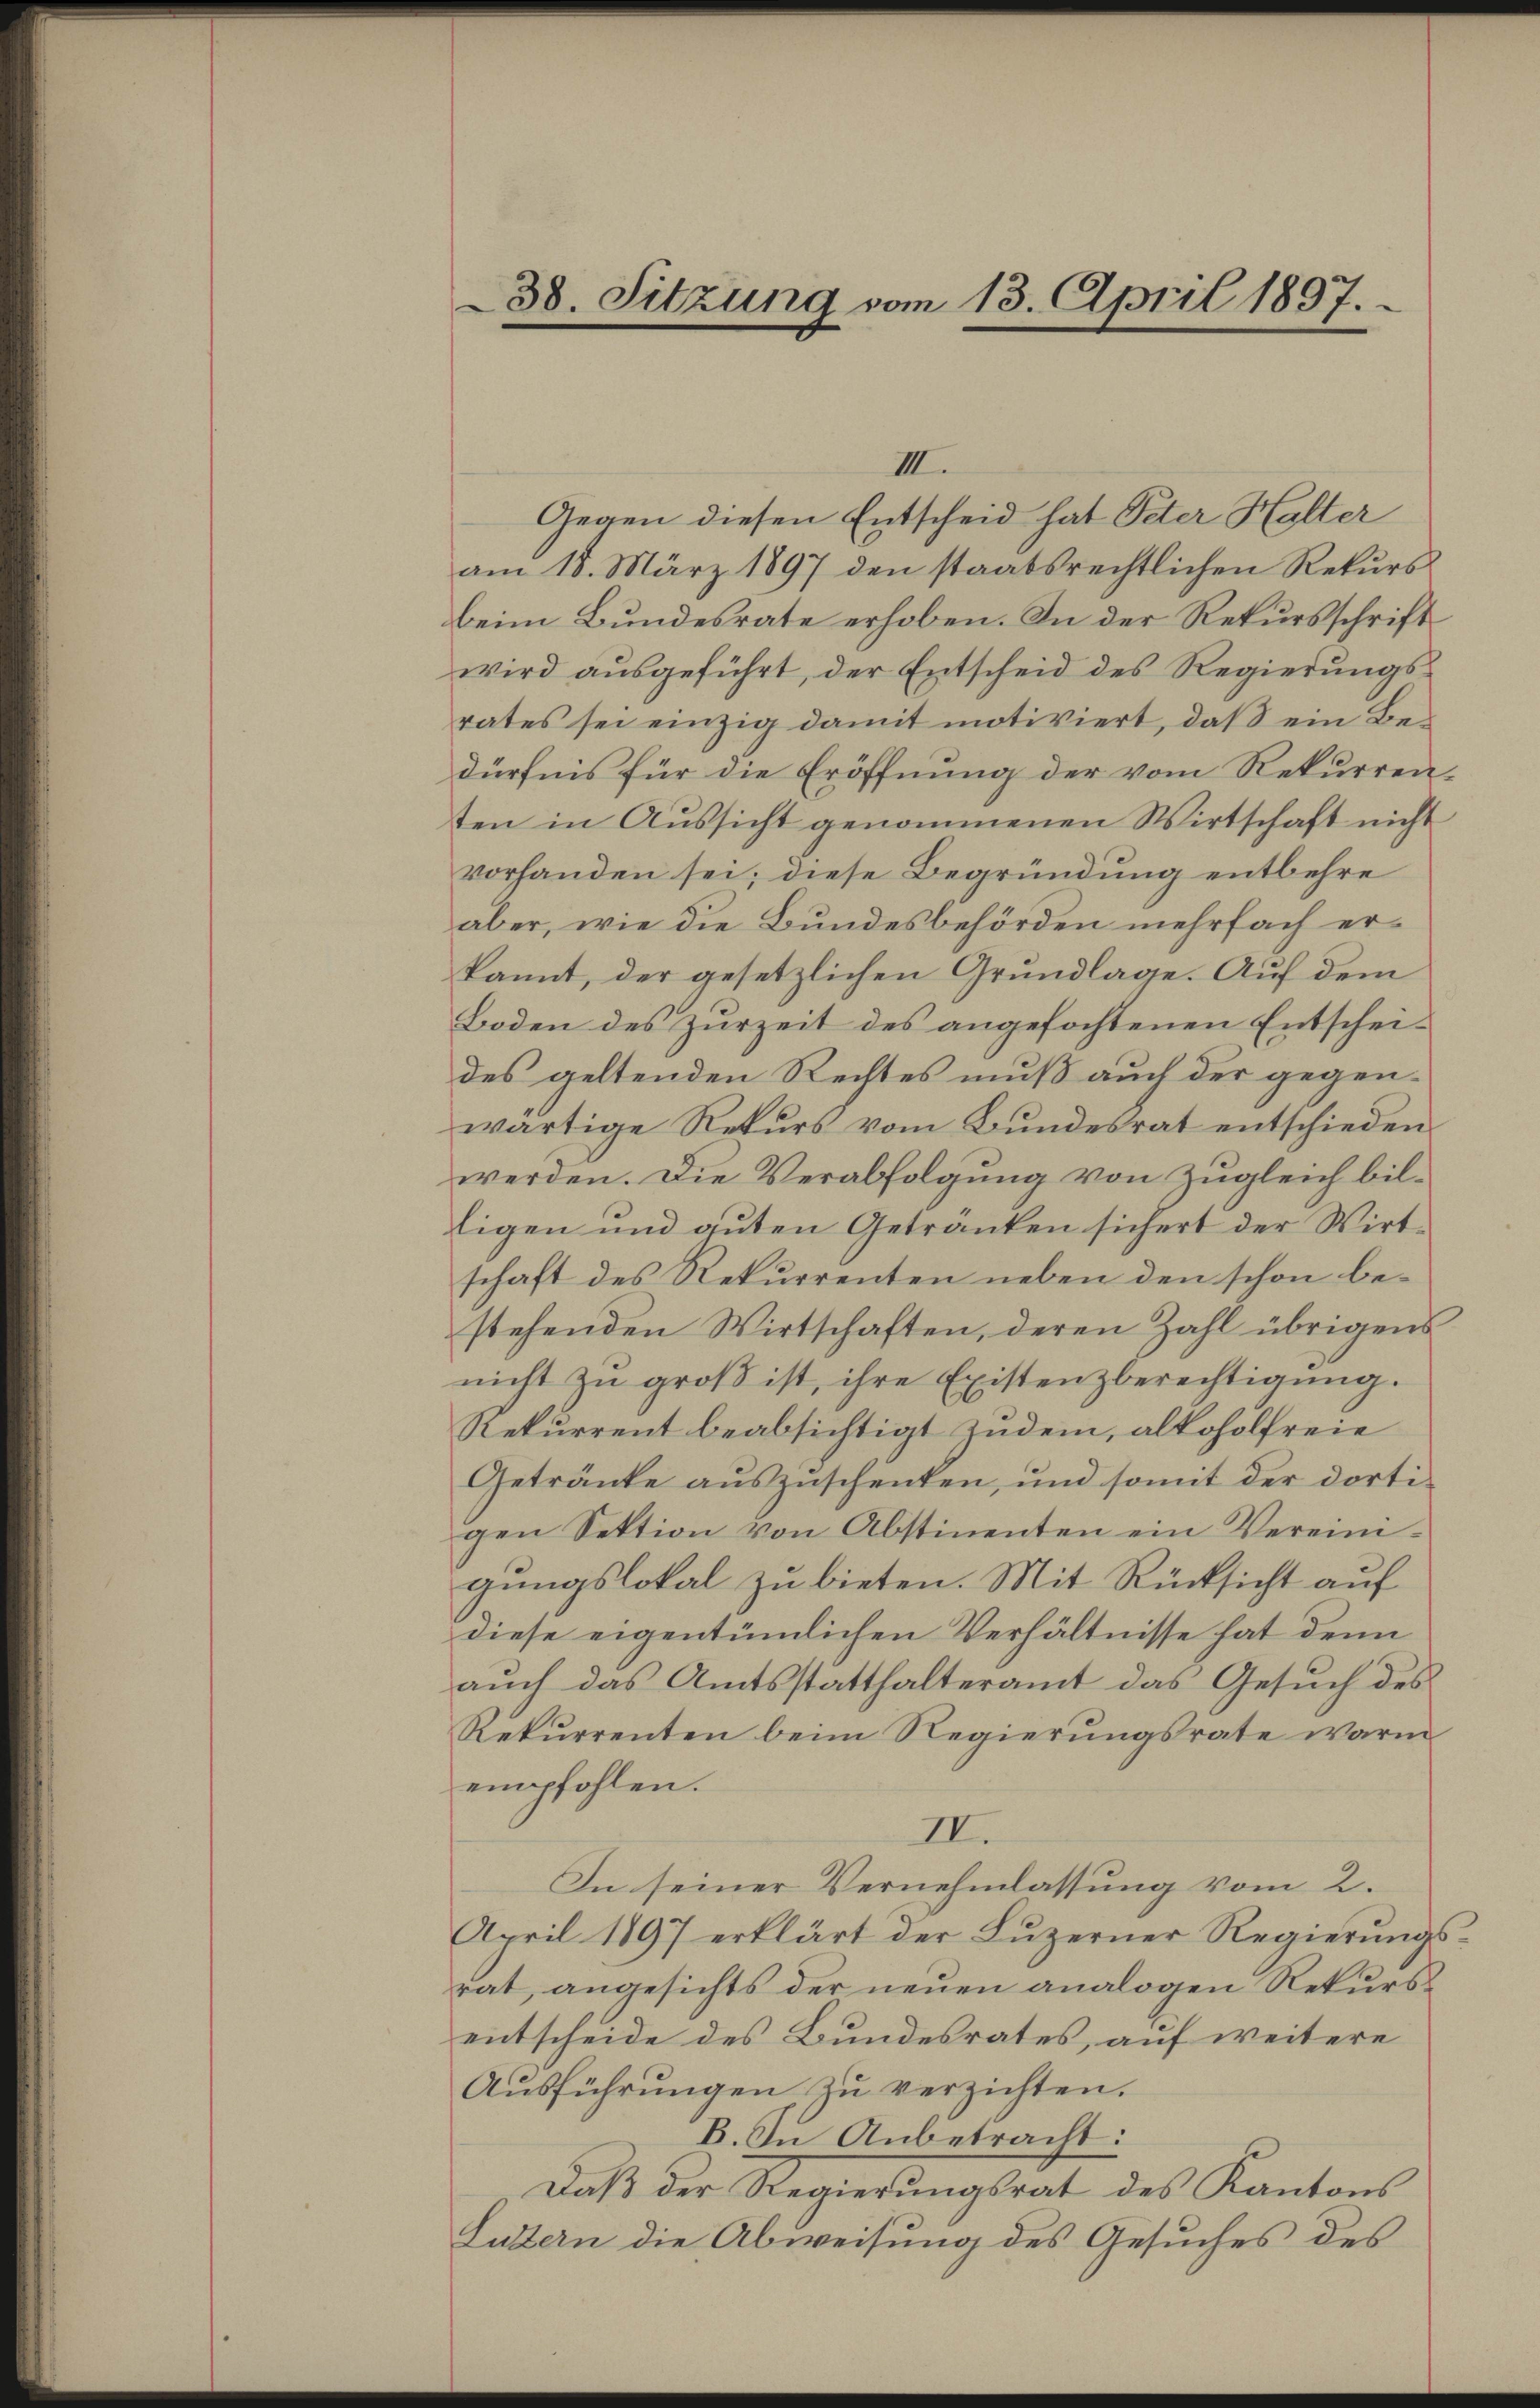
38. Sitzung vom 13. April 1897.

IIII.
Gegen diesen Entscheid hat Peter Halter
am 18. März 1897 den staatsrechtlichen Rekurs
beim Bundesrate erhoben. In der Rekursschrift
wird ausgeführt, der Entscheid des Regierungsrates sei einzig damit motiviert, daß ein Bedürfnis für die Eröffnung der vom Rekurrenten in Aussicht genommenen Wirtschaft nicht
vorhanden sei; diese Begründung entbehre
aber, wie die Bundesbehörden mehrfach erkannt, der gesetzlichen Grundlage. Auf dem
Boden des Zurzeit des angefochtenen Entscheides geltenden Rechtes muß auch der gegenwärtige Rekurs vom Bundesrat entschieden.
werden. Die Verabfolgung von Zugleich billigen und guten Getranken sichert der Wirtschaft des Rekurrenten neben den schon bestehenden Wirtschaften, deren Zahl übrigens
nicht zu groß ist, ihre Existenzberechtigung.
Rekurrent beabsichtigt zudem, alkoholfreie
Getränke auszuschenken, und somit der dortigen Sektion von Abstimenten ein Vereinigungslokal zu bieten. Mit Rücksicht auf
diese eigentümlichen Verhältnisse hat denn
auch das Amtsstatthalteramt das Gesuch des
Rekurrenten beim Regierungsrate warm
empfohlen.
II.
In seiner Vernehmlassung vom 2.
April 1897 erklärt der Lŭzerner Regierŭngs-
rat, angesichts der neuen analogen Rekursentscheide des Bundesrates, auf weitere
Ausführungen zu verzichten.
E. In Anbetracht:
Daß der Regierungsrat des Kantons
Luttern die Abweisung des Gesuches des